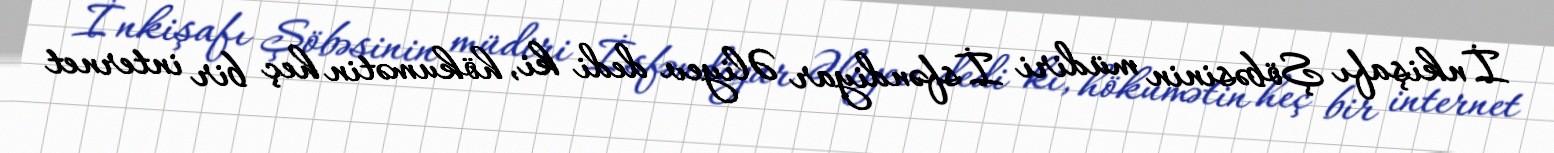
İnkişafı Şöbəsinin müdiri İsfəndiyar Əliyev dedi ki, hökumətin heç bir internet